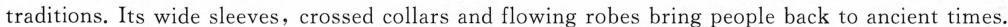
traditions. Its wide sleeves,crossed \underline{collars} and flowing robes bring people back to ancient times.